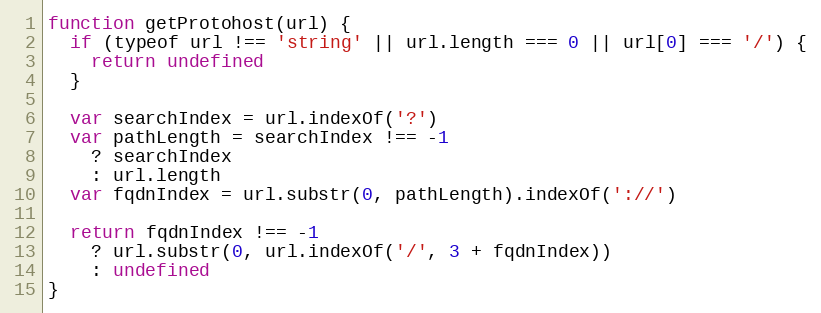
Language: JavaScript
function getProtohost(url) {
  if (typeof url !== 'string' || url.length === 0 || url[0] === '/') {
    return undefined
  }

  var searchIndex = url.indexOf('?')
  var pathLength = searchIndex !== -1
    ? searchIndex
    : url.length
  var fqdnIndex = url.substr(0, pathLength).indexOf('://')

  return fqdnIndex !== -1
    ? url.substr(0, url.indexOf('/', 3 + fqdnIndex))
    : undefined
}